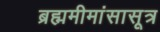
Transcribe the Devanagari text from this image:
ब्रह्ममीमांसासूत्र